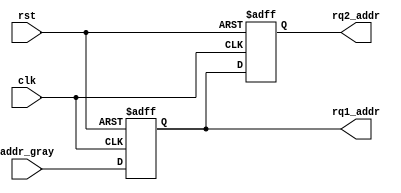
// DFF1.v

module DFF1 #(parameter PTR_SZ=2)
             (input  rst,
              input  clk,
              input  [PTR_SZ:0] addr_gray,
              output reg [PTR_SZ:0] rq2_addr, rq1_addr
);
 
 //synchronizing the read pointer into the write clock domain 

  always @(posedge clk or negedge rst)
  begin
    if (!rst) begin
      { rq2_addr, rq1_addr } <= 2'b0;
    end else begin 
      { rq2_addr, rq1_addr } <= { rq1_addr, addr_gray };
    end
  end

endmodule